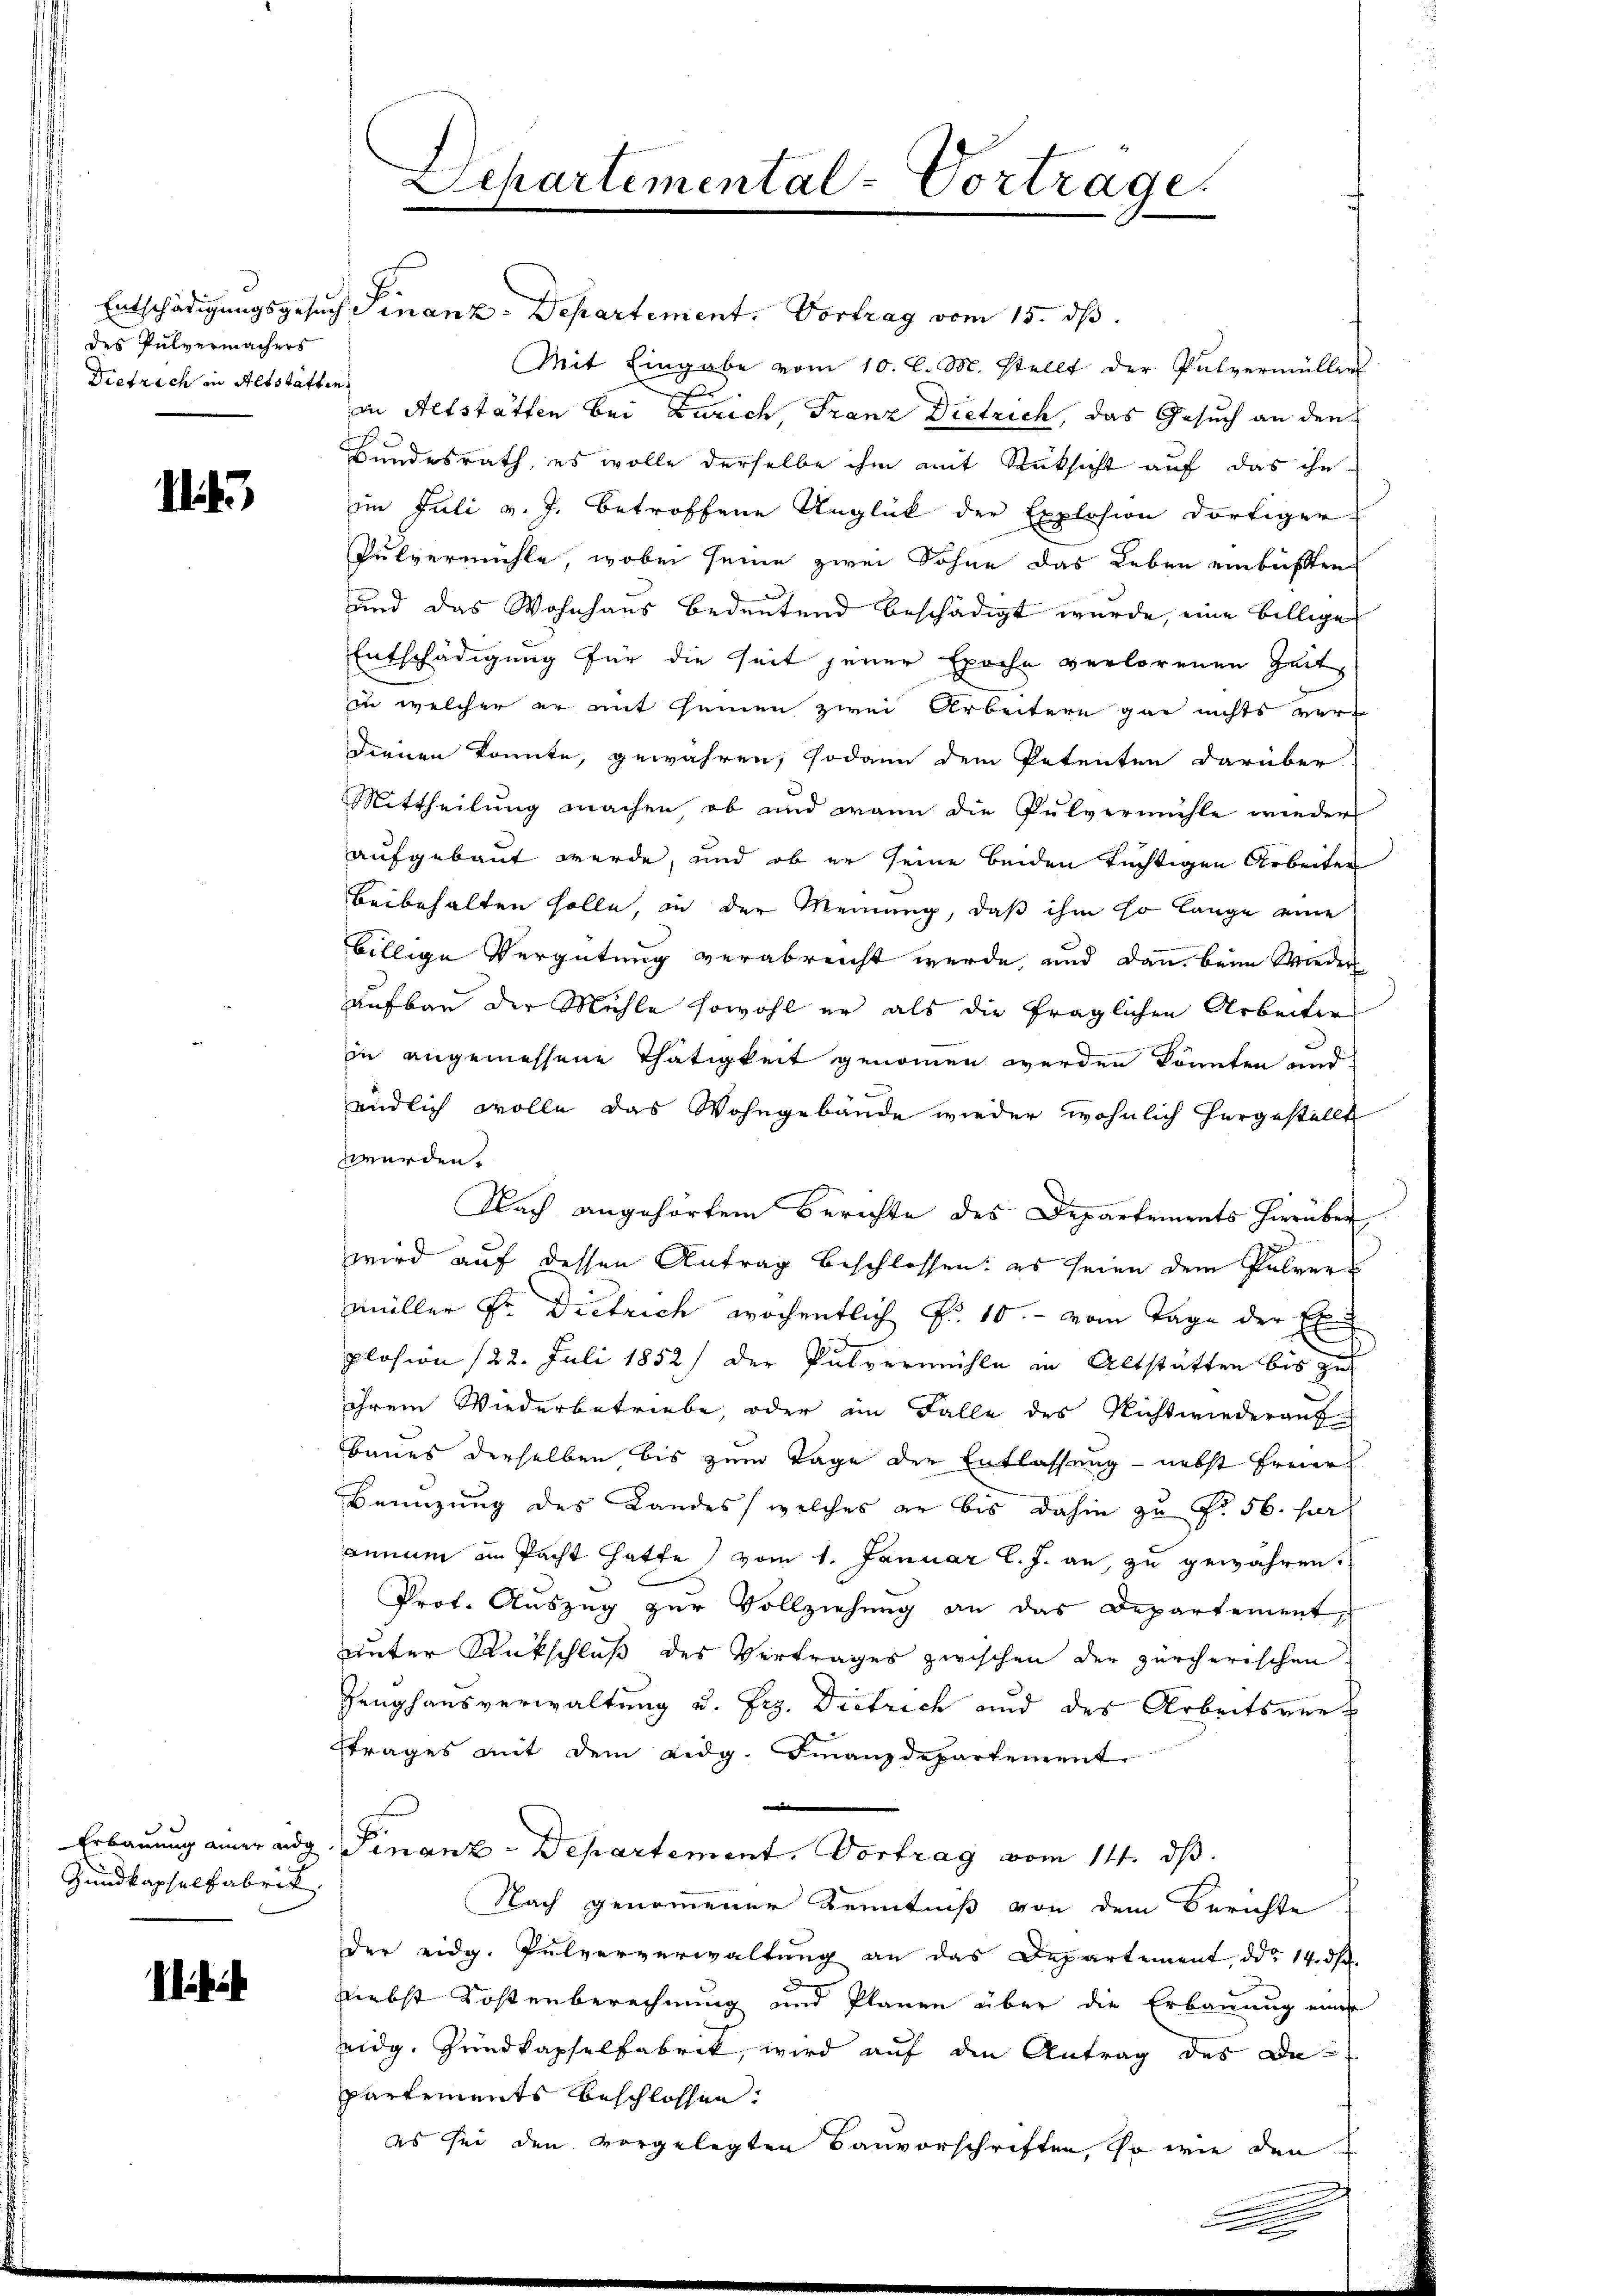
des Pulvermachers
Dietrach in Altstätten.

I

Erbauung einer ang
Zundkapselfabrik

e

Separtemental-Vortrage.

Entschädigungsgesuch Finanz-Departement. Vortrag vom 15. ds.
Mit Eingabe vom 10. l. M. stellt der Pulvermüller
in Altstätten bei Zürich, Franz Dietrich, das Gesuch an den
Bundesrath, es wolle derselbe ihm mit Rücksicht auf das ihn
im Juli v. J. betroffene Unglück der Explosion dortiger
Pulvermühle, wobei seine zwei Söhne das Leben einbüßten
und das Wohnhaus bedeutend beschädigt wurde, eine billige
Entschädigung für die seit jener Epoche verlorenen Zeitin welcher er mit seinen zwei Arbeitern gar nichts verdienen konnte, gewähren, sodann dem Petenten darüber
Mittheilung machen, ob und wann die Pulvermühle wieder
aufgebaut werde, und ob er seine beiden tüchtigen Arbeiten
beibehalten solle, in der Meinung, daß ihm so lange eine
billige Vergütung verabreicht werde, und dann beim Wieder
aufbau der Mühle sowohl er als die fraglichen Arbeiten
in angemessene Thätigkeit genommen werden könnten und
endlich wolle das Wohngebäude wieder wöhnlich hergestellt
werden.
Nach angehörtem Berichte des Departements hierüber
wird auf dessen Antrag beschlossen: es seien dem Pulver-
müller Fr. Dietrich wöchentlich Fr. 10. vom Tage der Ex
plosion 122. Juli 1852) der Pulvermühle in Altstatten bis zu
ihrem Wiederbetriebe, oder im Falle des Nichtwiederauf-
Baues derselben bis zum Tage der Entlassung - nebst Freier
Benüzung des Landes, welches er bis dahin zŭ Fr. 56. fer
annum in Pacht hatte vom 1. Januar l. J. an, zu gewähren.
Prof. Auszug zur Vollziehung an das Departement
unter Rückschluß des Vertrages zwischen der zürcherischen
Zeughausverwaltung u. Frz. Dietrich und des Arbeitsverftrages mit dem eidg. Finanzdepartement
d
Finanz-Departement. Vortrag vom 14. ds.
Nach genommener Kenntniß von dem Berichte
der eidg. Pulververwaltŭng an das Departement, ddo 14. ds.
d
Liebst Kostenberechnung und Plänen über die Erbauung einen
eidg. Gundkapselfabrik, wird auf den Antrag des De-
partements beschlossen:
es sei den vorgelegten Bauvorschriften, so wie den

.